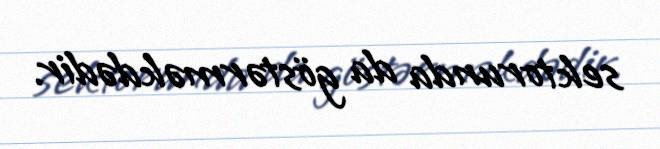
sektorunda da göstərməkdədir.